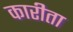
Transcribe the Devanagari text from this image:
कारीता